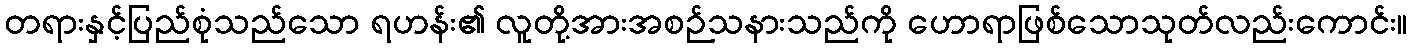
တရားနှင့်ပြည်စုံသည်သော ရဟန်း၏ လူတို့အားအစဉ်သနားသည်ကို ဟောရာဖြစ်သောသုတ်လည်းကောင်း။